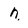
Character: n